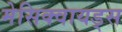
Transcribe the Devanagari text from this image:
मेसिक्वायड्स